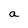
Character: a